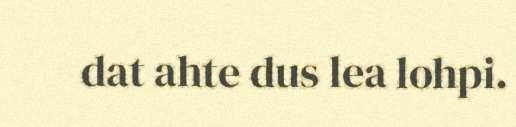
dat ahte dus lea lohpi.